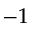
- 1